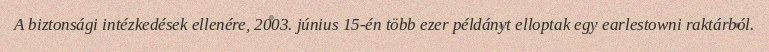
A biztonsági intézkedések ellenére, 2003. június 15-én több ezer példányt elloptak egy earlestowni raktárból.